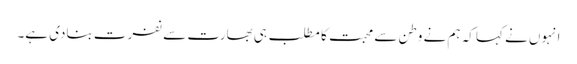
انہوں نے کہا کہ ہم نے وطن سے محبت کا مطلب ہی بھارت سے نفرت بنادی ہے۔